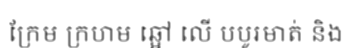
ក្រែម ក្រហម ឆ្អៅ លើ បបូរមាត់ និង